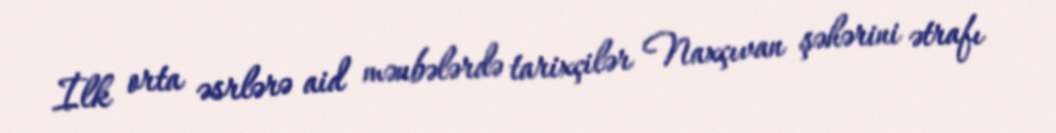
İlk orta əsrlərə aid mənbələrdə tarixçilər Naxçıvan şəhərini ətrafı